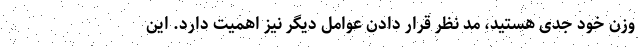
وزن خود جدی هستید، مد نظر قرار دادن عوامل دیگر نیز اهمیت دارد. این